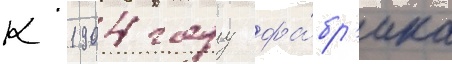
К 1904 году фа́бр'ика